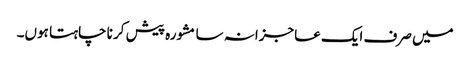
میں صرف ایک عاجزانہ سا مشورہ پیش کر نا چاہتا ہوں۔